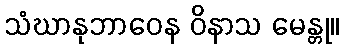
သံဃာနုဘာဝေန ဝိနာသ မေန္တု။